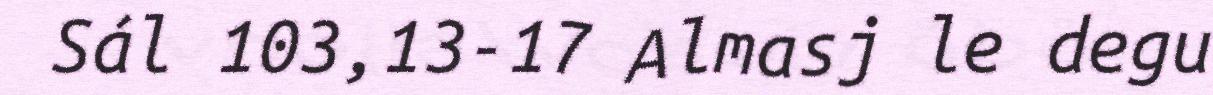
Sál 103,13-17 Almasj le degu